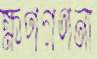
ক্ষণগণনা